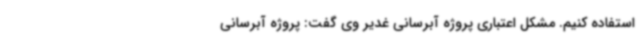
استفاده کنیم. مشکل اعتباری پروژه آبرسانی غدیر وی گفت: پروژه آبرسانی